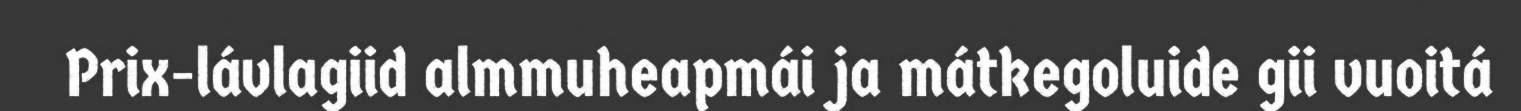
Prix-lávlagiid almmuheapmái ja mátkegoluide gii vuoitá